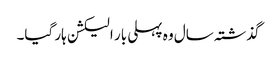
گذشتہ سال وہ پہلی بار الیکشن ہار گیا۔